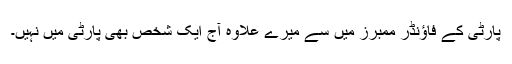
پارٹی کے فاؤنڈر ممبرز میں سے میرے علاوہ آج ایک شخص بھی پارٹی میں نہیں۔